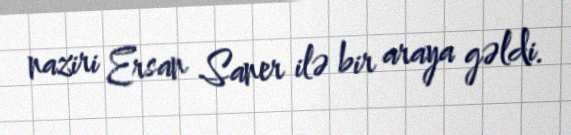
naziri Ersan Saner ilə bir araya gəldi.